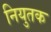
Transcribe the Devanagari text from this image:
नियुतक